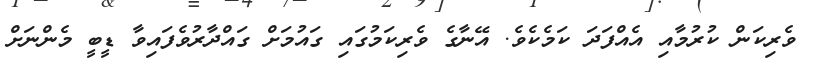
ވެރިކަން ކުރުމާއި އެއްފަދަ ކަމެކެވެ. އޭނާގެ ވެރިކަމުގައި ގައުމަށް ގައްދާރުވެފައިވާ ޑީބީ މެންނަށް